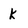
Character: k